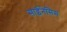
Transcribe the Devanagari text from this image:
साईनेसिस